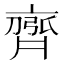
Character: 𮮻